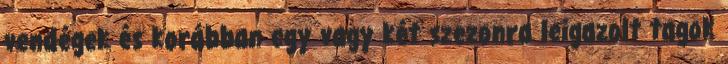
vendégek és korábban egy vagy két szezonra leigazolt tagok